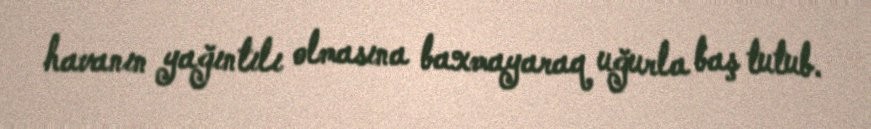
havanın yağıntılı olmasına baxmayaraq uğurla baş tutub.